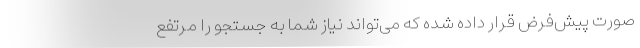
صورت پیش‌فرض قرار داده شده که می‌تواند نیاز شما به جستجو را مرتفع